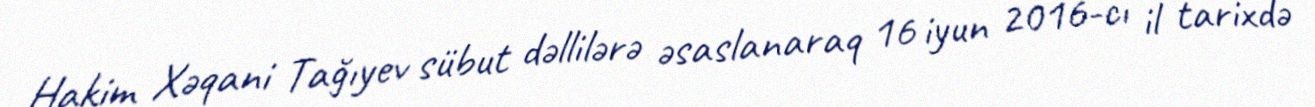
Hakim Xəqani Tağıyev sübut dəllilərə əsaslanaraq 16 iyun 2016-cı il tarixdə